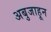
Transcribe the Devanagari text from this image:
अबुजाहून